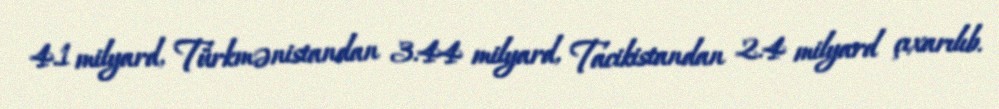
4.1 milyard, Türkmənistandan 3.44 milyard, Tacikistandan 2.4 milyard çıxarılıb.